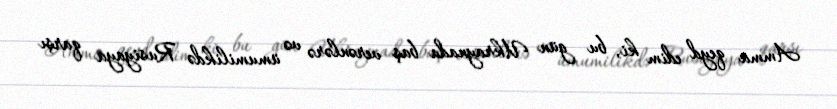
Amma qeyd edim ki, bu gün Ukraynada baş verənlərə və ümumilikdə Rusiyaya qarşı